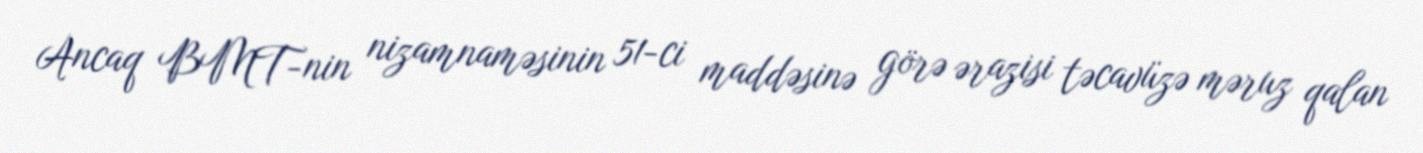
Ancaq BMT-nin nizamnaməsinin 51-ci maddəsinə görə ərazisi təcavüzə məruz qalan